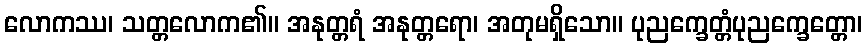
လောကဿ၊ သတ္တလောက၏။ အနုတ္တရံ အနုတ္တရော၊ အတုမရှိသော။ ပုညက္ခေတ္တံပုညက္ခေတ္တော၊